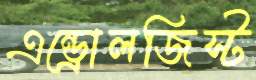
এন্ড্রোলজিস্ট